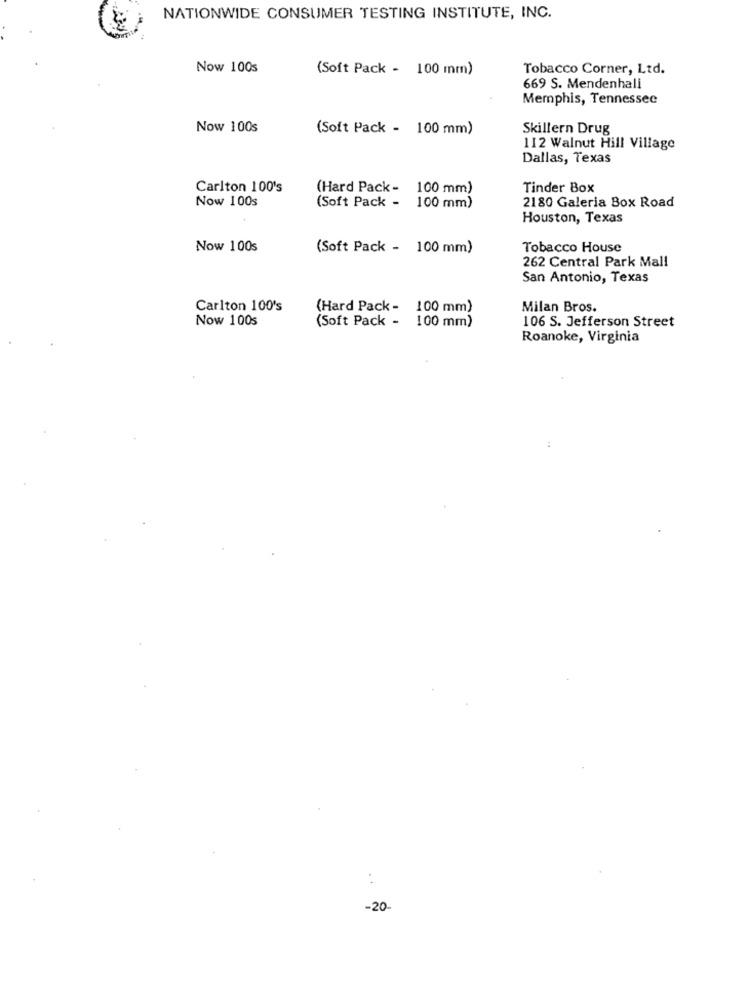
NATIONWIDE CONSUMER TESTING INSTITUTE, INC.
Now 100s
(Soft Pack - 100 mm)
Tobacco Corner, Ltd.
669 S. Mendenhall
Memphis, Tennessee
Now 100s
(Soft Pack - 100 mm)
Skillern Drug
112 Walnut Hill Village
Dallas, Texas
Carlton 100's
(Hard Pack- 100 mm)
Tinder Box
Now 100s
2180 Galeria Box Road
(Soft Pack - 100 mm)
Houston, Texas
Now 100s
(Soft Pack - 100 mm)
Tobacco House
262 Central Park Mall
San Antonio, Texas
Carlton 100's
(Hard Pack - 100 mm)
Milan Bros.
Now 100s
(Soft Pack -
106 S. Jefferson Street
100 mm)
Roanoke, Virginia
1.
:
-20-